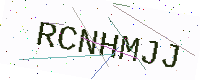
Text: RCNHMJJ